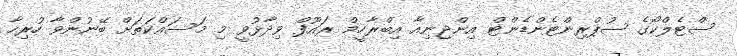
ސްޓެލްކޯގެ ސުޕްރިންޓެންޑެންޓް އިންޖިނިއާ އިބްރާހީމް ރައޫފް ވިދާޅުވީ މި މަސައްކަތަށް ބޭނުންވާ ހުރިހާ